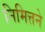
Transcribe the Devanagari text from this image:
निमित्तने